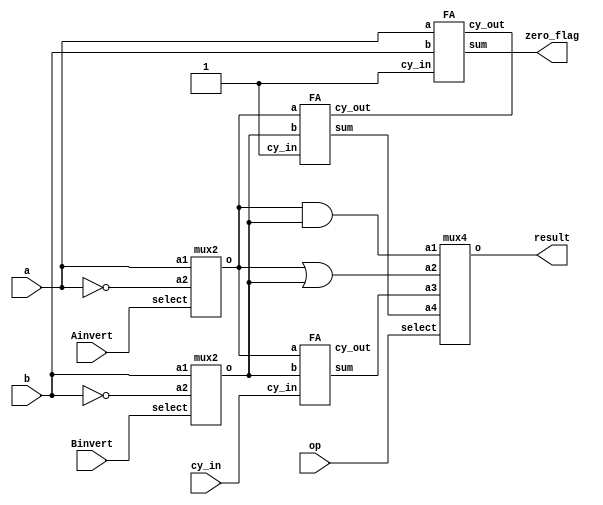
module ALU_1_bit(result,zero_flag,a,b,Ainvert,Binvert,op,cy_in);

  output result,zero_flag;                         //Output declared as result and zero flag

  input a,b,Ainvert,Binvert,cy_in;                 //Input is a,b,Ainvert,Binvert,cy_in

  input [1:0]op;                                    //operation mux select lines

  wire _a,_b,_and,_or,_sum,_carry,less,t,less1;     //wires used in connection   

  FA f4(less1,t,a,b,1'b1);                          //Full Adder module called to subtract a and b 
  or(zero_flag,less1,1'b0);                         //zero-flag is set

  mux2 f1(Ainvert,a,~a,_a);                         //Now mux1 is called to select a or a'
  mux2 f2(Binvert,b,~b,_b);                         //mux2 is called to select b or b'

  and (_and,_a,_b);                                 //and operation done and wire _and sent to 00 of operation mux
  or (_or,_a,_b);                                   //or operation done and wire _or sent to 01 of operation mux

  FA f3(_sum,_carry,_a,_b,cy_in);                   //add/sub operation done and wire _sum sent to 10 of operation mux
  FA f6(less,t,_a,_b,1'b1);                         //slt operation done and wire less sent to 11 of operation mux

  mux4 f5(op,_and,_or,_sum,less,result);             //Operation mux is called

endmodule


module mux2(input select,a1,a2,output o);        //2x1 mux made with nand gates
  
  wire t1,t2;
  
  nand(t1,a1,~select);
  
  nand(t2,a2,select);
  
  nand(o,t1,t2);

endmodule


module mux4(select,a1,a2,a3,a4,o);              //4x1 mux made with nand gates
  
  input [1:0]select;

  input a1,a2,a3,a4;

  output o;

  wire t1,t2,t3,t4;

  nand(t1,a1,~select[1],~select[0]);

  nand(t2,a2,~select[1],select[0]);

  nand(t3,a3,select[1],~select[0]);

  nand(t4,a4,select[1],select[0]);

  nand(o,t1,t2,t3,t4);

endmodule


module FA(sum,cy_out,a,b,cy_in);             //Full adder module
  
  output sum,cy_out;
  
  input a,b,cy_in;
  
  wire t1,t2,t3;
  
  HA G1(t1,t2,a,b);                           //call the module halfadder
  
  HA G2(sum,t3,t1,cy_in);                     //again call the module halfadder
  
  or (cy_out,t3,t2);

endmodule


module HA(sum,cy_out,a,b);                 //Half Adder module

  output sum,cy_out;
  
  input a,b;
  
  xor (sum,a,b);                            //sum=a xor b, carry=a and b
  
  and (cy_out,a,b);

endmodule